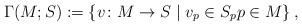
LaTeX: \begin{align*}\Gamma (M; S):=\left\{v\colon M \to S\;\vert\;v_p \in S_p p\in M\right\},\end{align*}